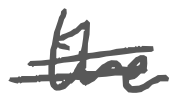
Text: the
Cross-out: double-line
Writing tool: digital_gray